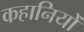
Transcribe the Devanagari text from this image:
कहानियोँ